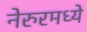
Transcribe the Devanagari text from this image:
नेरुरमध्ये